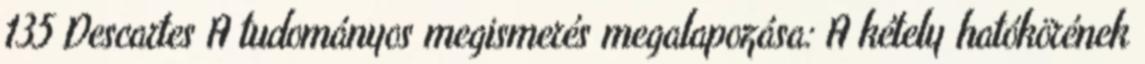
135 Descartes A tudományos megismerés megalapozása: A kétely hatókörének